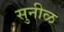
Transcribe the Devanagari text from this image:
सुनीळ